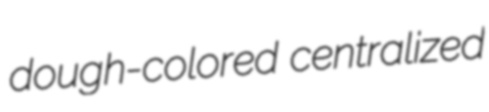
dough-colored centralized